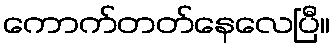
ကောက်တတ်နေလေပြီ။